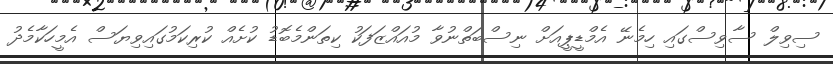
ސިވިލް ސާވިސްގައި ހިމެނޭ އެމްޑީޕީއަށް ނިސްބަތްނުވާ މުއައްޒަފަކު ކިތަންމެބޮޑު ކުށެއް ކުރިކަމުގައިވިޔަސް އެމީހަކާމެދު